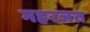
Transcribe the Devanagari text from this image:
महरजत